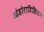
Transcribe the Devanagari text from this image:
ओडोराटिसियम